画像に写った文字を読んでください
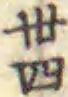
「丗四」と書いてあります